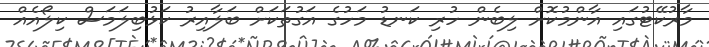
މާރުކޭޓުގައި އާންމުކޮށް ލިބެން ހުރި ކަނޑު މަހުގެ އަގުތަކަށް ބަލާއިރު ކަޅުބިލަމަސް ކިލޯއެއް